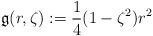
LaTeX: \begin{align*}\mathfrak{g}(r,\zeta):=\frac{1}{4}(1-\zeta^2)r^2\end{align*}